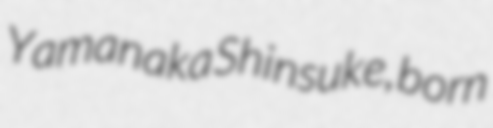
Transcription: Yamanaka Shinsuke, born